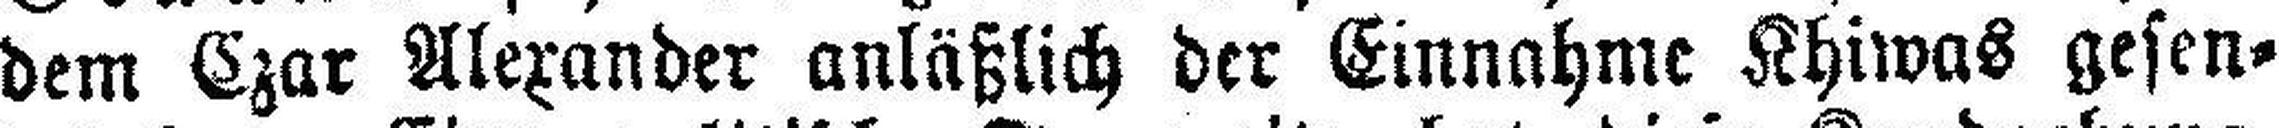
dem Czar Alexander anläßlich der Einnahme Khiwas gesen¬